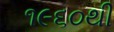
૧૯૬૦થી